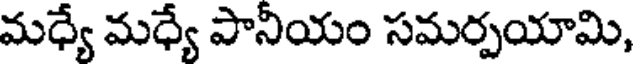
మధ్యే మధ్యే పానీయం సమర్పయామి,